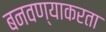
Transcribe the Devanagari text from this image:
बनवण्याकरता